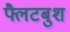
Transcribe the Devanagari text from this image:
फ्लैटबुश